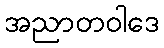
အညာတဝါဒေ